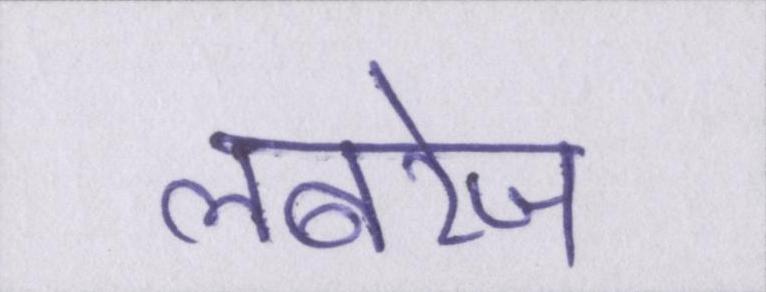
लबरेज